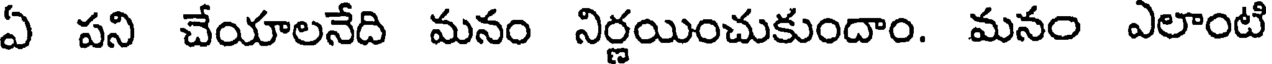
ఏ పని చేయాలనేది మనం నిర్ణయించుకుందాం. మనం ఎలాంటి